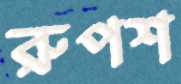
রুপশ